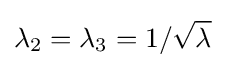
\lambda _{2}=\lambda _{3}=1/{\sqrt {\lambda }}